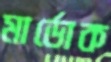
মার্ডোক